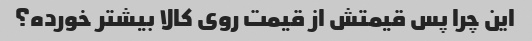
این چرا پس قیمتش از قیمت روی کالا بیشتر خورده؟